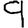
Digit: 9